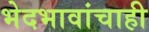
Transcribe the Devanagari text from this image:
भेदभावांचाही